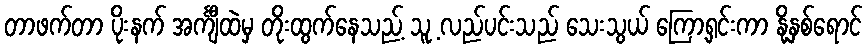
တာဖက်တာ ပိုးနက် အင်္ကျီထဲမှ တိုးထွက်နေသည့် သူ့ လည်ပင်းသည် သေးသွယ် ကြော့ရှင်းကာ နို့နှစ်ရောင်